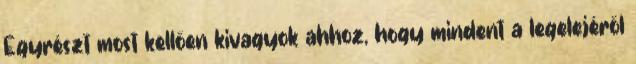
Egyrészt most kellően kivagyok ahhoz, hogy mindent a legelejéről